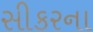
સીકરના